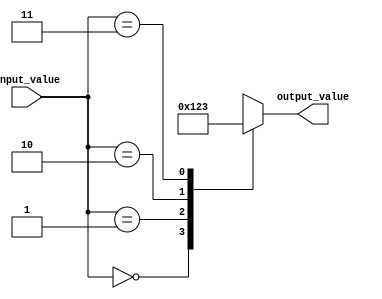
module case_statement_example (
    input wire [1:0] input_value,
    output reg [3:0] output_value
);

initial begin
    case (input_value)
        2'b00: output_value = 4'b0000;
        2'b01: output_value = 4'b0001;
        2'b10: output_value = 4'b0010;
        2'b11: output_value = 4'b0011;
        default: output_value = 4'bxxxx; // If none of the cases match
    endcase
end

endmodule